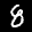
Label: 8